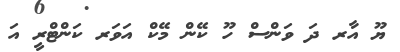
ޔޫ އާރ ދަ ވަންސް ހޫ ކޭން މޭކް އަވަރ ކަންޓްރީ އަ